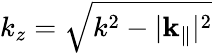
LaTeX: k_{z}=\sqrt{k^{2}-|\mathbf{k}_{\| }|^{2}}